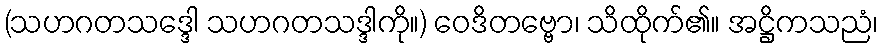
(သဟဂတသဒ္ဒေါ သဟဂတသဒ္ဒါကို။) ဝေဒိတဗ္ဗော၊ သိထိုက်၏။ အဋ္ဌိကသညံ၊